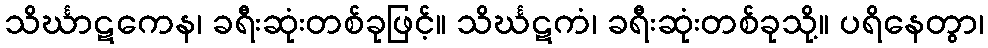
သိင်္ဃာဋကေန၊ ခရီးဆုံးတစ်ခုဖြင့်။ သိင်္ဃဋကံ၊ ခရီးဆုံးတစ်ခုသို့။ ပရိနေတွာ၊